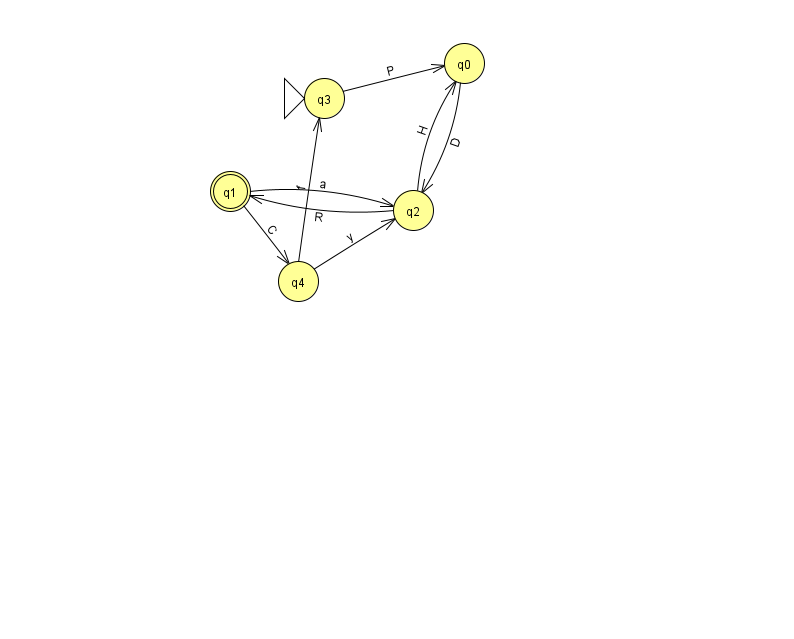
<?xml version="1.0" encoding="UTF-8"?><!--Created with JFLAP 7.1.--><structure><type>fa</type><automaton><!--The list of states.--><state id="0" name="q0"><x>464.0</x><y>50.0</y></state><state id="1" name="q1"><x>230.0</x><y>178.0</y><final/></state><state id="2" name="q2"><x>413.0</x><y>197.0</y></state><state id="3" name="q3"><x>324.0</x><y>85.0</y><initial/></state><state id="4" name="q4"><x>298.0</x><y>268.0</y></state><!--The list of transitions.--><transition><from>2</from><to>0</to><read>H</read></transition><transition><from>3</from><to>0</to><read>P</read></transition><transition><from>2</from><to>1</to><read>R</read></transition><transition><from>1</from><to>2</to><read>a</read></transition><transition><from>0</from><to>2</to><read>D</read></transition><transition><from>1</from><to>4</to><read>C</read></transition><transition><from>4</from><to>2</to><read>y</read></transition><transition><from>4</from><to>3</to><read>f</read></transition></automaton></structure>